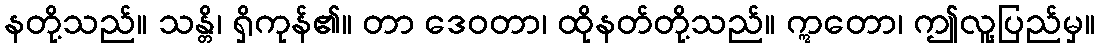
နတို့သည်။ သန္တိ၊ ရှိကုန်၏။ တာ ဒေဝတာ၊ ထိုနတ်တို့သည်။ ဣတော၊ ဤလူ့ပြည်မှ။